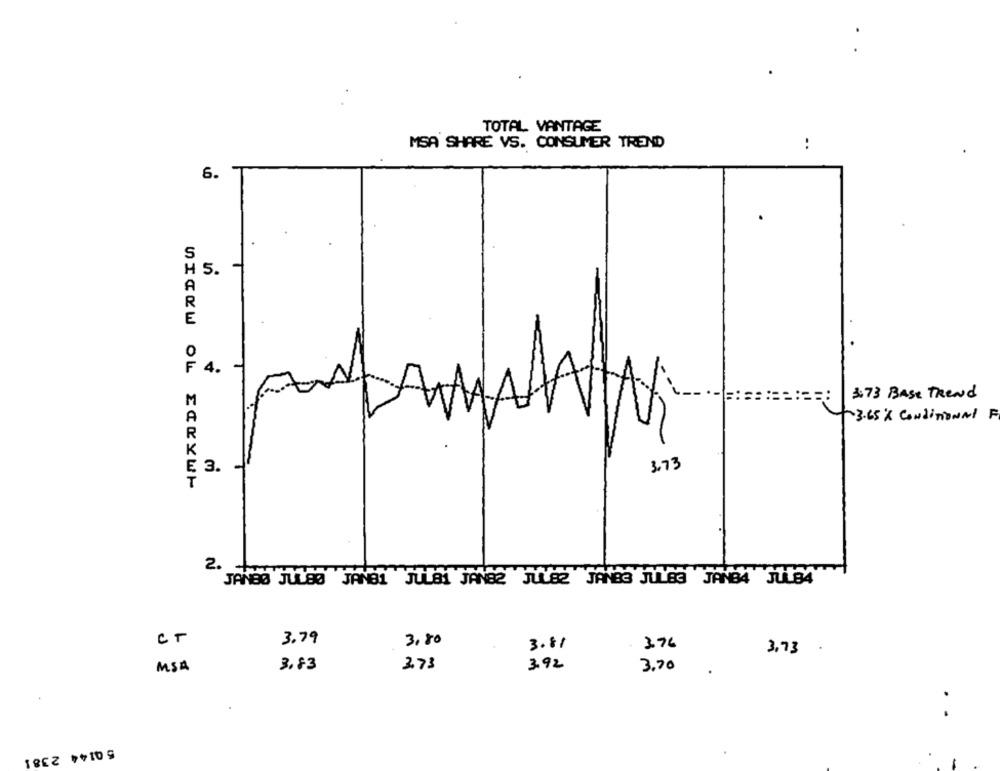
TOTAL VANTAGE
MSA SHARE VS. CONSUMER TREND
:
6.
5.
4.
3:73 BASE TREND
3.65 % Conditional F
3.
3.73
VIEW OL ERKYWH
2. +
JANES JULBO JANEI JULBİ JANE2 JULE2 JANES JULEG JANB4 JULBA
CT
3.79
3.80
3.81
3.76
3,73
MSA
3,83
3.73
3.92
3,70
.
5 0144 2381